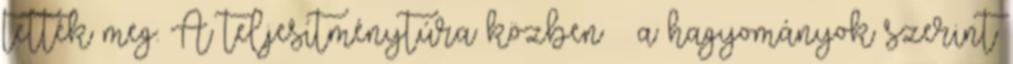
tették meg. A teljesítménytúra közben – a hagyományok szerint